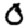
Digit: 0